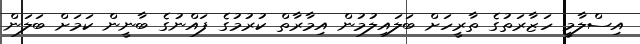
އިސްލާމީ ހަޒާރަތުގެ ތާރީހަށް ބަލައިލުމުން އިމާރާތް ކުރުމުގެ ފައްނުގެ ބާނީން ކަމަށް ބަލަން